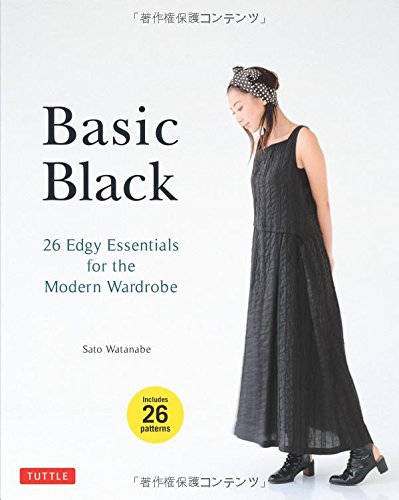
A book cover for Basic Black: 26 Edgy Essentials for the Modern Wardrobe; Sato Watanabe; Crafts, Hobbies & Home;